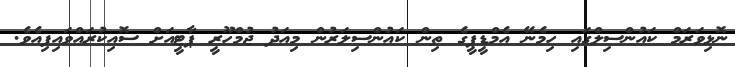
ނޮޅިވަރަމް ކައުންސިލްގައި ހިމެނޭ އެމްޑީޕީގެ ތިން ކައުންސިލަރުން މިއަދު ޖުމްހޫރީ ޕާޓީއަށް ސޮއިކުރައްވައިފިއެވެ.